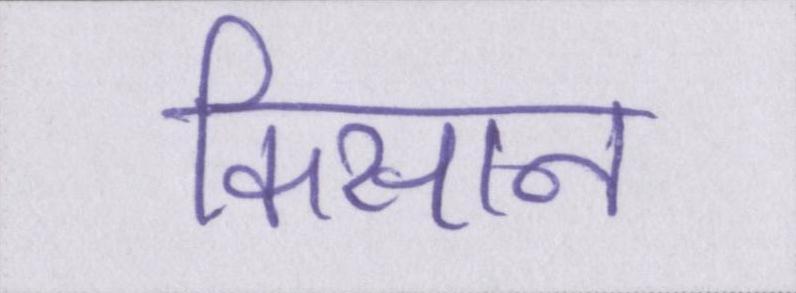
किसान